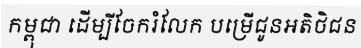
កម្ពុជា ដើម្បីចែករំលែក បម្រើជូនអតិថិជន